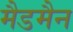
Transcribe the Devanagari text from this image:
मैडमैन